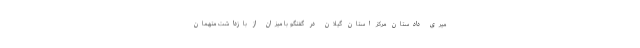
میری دادستان مرکز استان گیلان در گفتگو با میزان از بازداشت متهمان